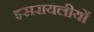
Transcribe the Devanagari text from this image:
इसरायलीयों